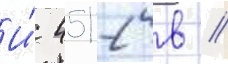
И́ 4512 в //